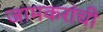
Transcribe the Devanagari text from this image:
जामकरांची